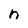
Character: n